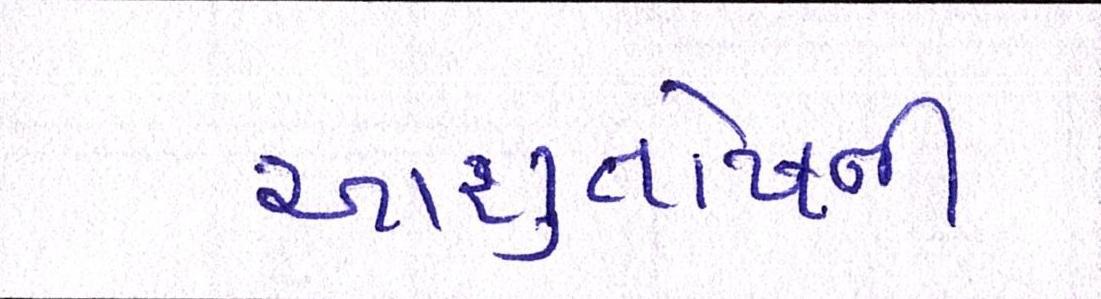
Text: આશુતોષની